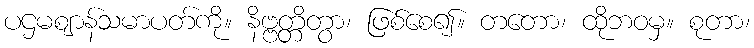
ပဌမဈာန်သမာပတ်ကို။ နိဗ္ဗတ္တိတွာ၊ ဖြစ်စေ၍။ တတော၊ ထိုဘဝမှ။ စုတာ၊